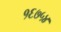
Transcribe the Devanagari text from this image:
१६७५४